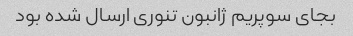
بجای سوپریم ژانبون تنوری ارسال شده بود